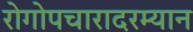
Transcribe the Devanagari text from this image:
रोगोपचारादरम्यान